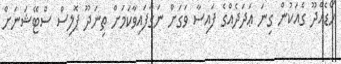
ހޯޑެއްދޫ ގެއަކުން ގިނަ ޢަދަދެއްގެ ފައިސާ ވަގަށް ނަގާފައިވާކަމަށް ތިނަދޫ ޕޮލިސް ސްޓޭޝަނަށް